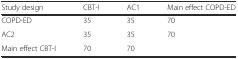
| Study design | CBT-I | AC1 | Main effect COPD-ED |
 | --- | --- | --- | --- |
 | COPD-ED | 35 | 35 | 70 |
 | AC2 | 35 | 35 | 70 |
 | Main effect CBT-I | 70 | 70 |  |